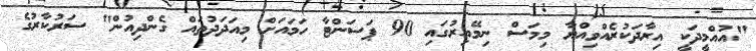
"އުއްމީދަކީ އިރާދަކުރެއްވިއްޔާ މިމަސް ނިމޭއިރުގައި 90 ޕަސަންޓާ ހަމައަށް މިއަދަދުތައް ގެންދިއުން" ސަރުކާރުގެ